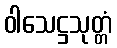
ဝါသေဋ္ဌသုတ္တံ